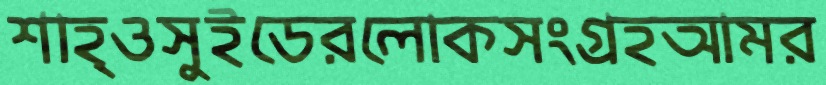
শাহ্ওসুইডেরলোকসংগ্রহআমর